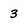
Character: 3